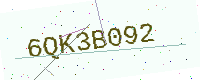
Text: 6QK3B092